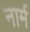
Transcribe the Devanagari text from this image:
नार्म